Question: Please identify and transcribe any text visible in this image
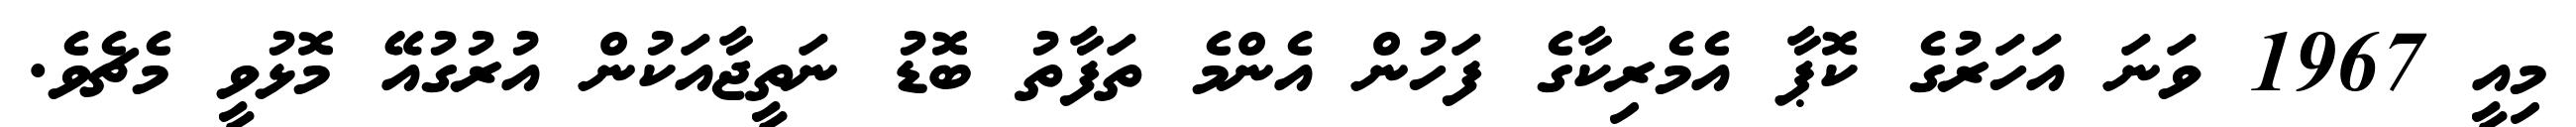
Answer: މިއީ 1967 ވަނަ އަހަރުގެ ކޮޕާ އެމެރިކާގެ ފަހުން އެންމެ ތަފާތު ބޮޑު ނަތީޖާއަކުން އުރުގުއޭ މޮޅުވީ މެޗެވެ.